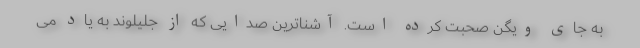
به جای ویگن صحبت کرده است. آشناترین صدایی که از جلیلوند به یاد می